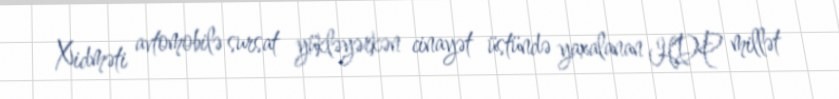
Xidməti avtomobilə sursat yükləyərkən cinayət üstündə yaxalanan HDP millət